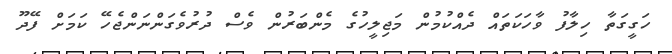
ހަގީގަތާ ހިލާފު ވާހަކަތައް ދެއްކުމުން މަޖިލީހުގެ މެންބަރުން ވެސް ދުރުވެގަންނަންޖެހޭ ކަމަށް ފޭދޫ